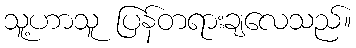
သူ့ဟာသူ ပြန်တရားချလေသည်။